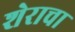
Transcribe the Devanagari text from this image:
शेराचा